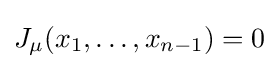
J_{\mu }(x_{1},\ldots ,x_{n-1})=0